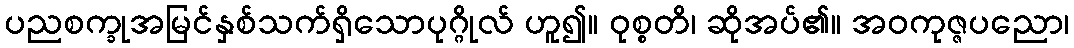
ပညစက္ခုအမြင်နှစ်သက်ရှိသောပုဂ္ဂိုလ် ဟူ၍။ ဝုစ္စတိ၊ ဆိုအပ်၏။ အဝကုဇ္ဇပညော၊